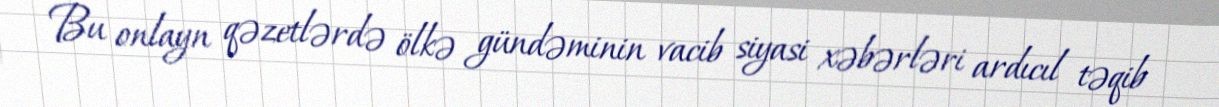
Bu onlayn qəzetlərdə ölkə gündəminin vacib siyasi xəbərləri ardıcıl təqib